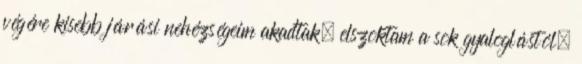
végére kisebb járási nehézségeim akadtak, elszoktam a sok gyaloglástól.